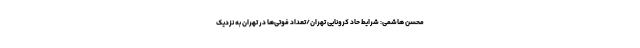
محسن هاشمی: شرایط حاد کرونایی تهران/تعداد فوتی‌ها در تهران به نزدیک